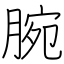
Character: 腕